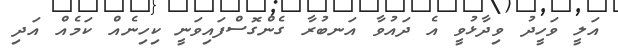
އަލީ ވަހީދު ވިދާޅުވީ އެ ދައުވާ އަނބުރާ ގެންގޮސްފައިވަނީ ކިހިނެއް ކަމެއް އަދި